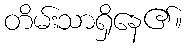
တိမ်းသာရှိနေ၏။